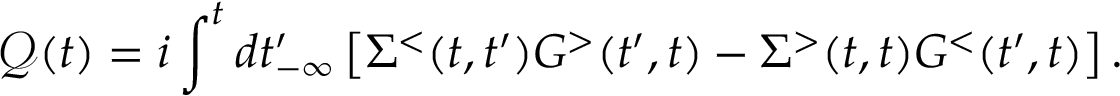
\mathcal { Q } ( t ) = i \int ^ { t } d t _ { - \infty } ^ { \prime } \left[ \Sigma ^ { < } ( t , t ^ { \prime } ) G ^ { > } ( t ^ { \prime } , t ) - \Sigma ^ { > } ( t , t ) G ^ { < } ( t ^ { \prime } , t ) \right] .